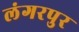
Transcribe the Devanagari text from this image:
लंगरपुर